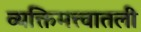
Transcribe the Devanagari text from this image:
व्यक्तिमत्त्वातली